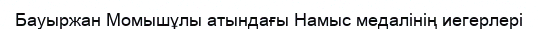
Бауыржан Момышұлы атындағы Намыс медалінің иегерлері